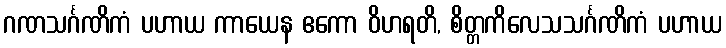
ဂဏသင်္ဂဏိကံ ပဟာယ ကာယေန ဧကော ဝိဟရတိ, စိတ္တကိလေသသင်္ဂဏိကံ ပဟာယ